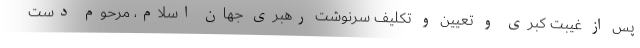
پس از غیبت کبری و تعیین و تکلیف سرنوشت رهبری جهان اسلام، مرحوم دست